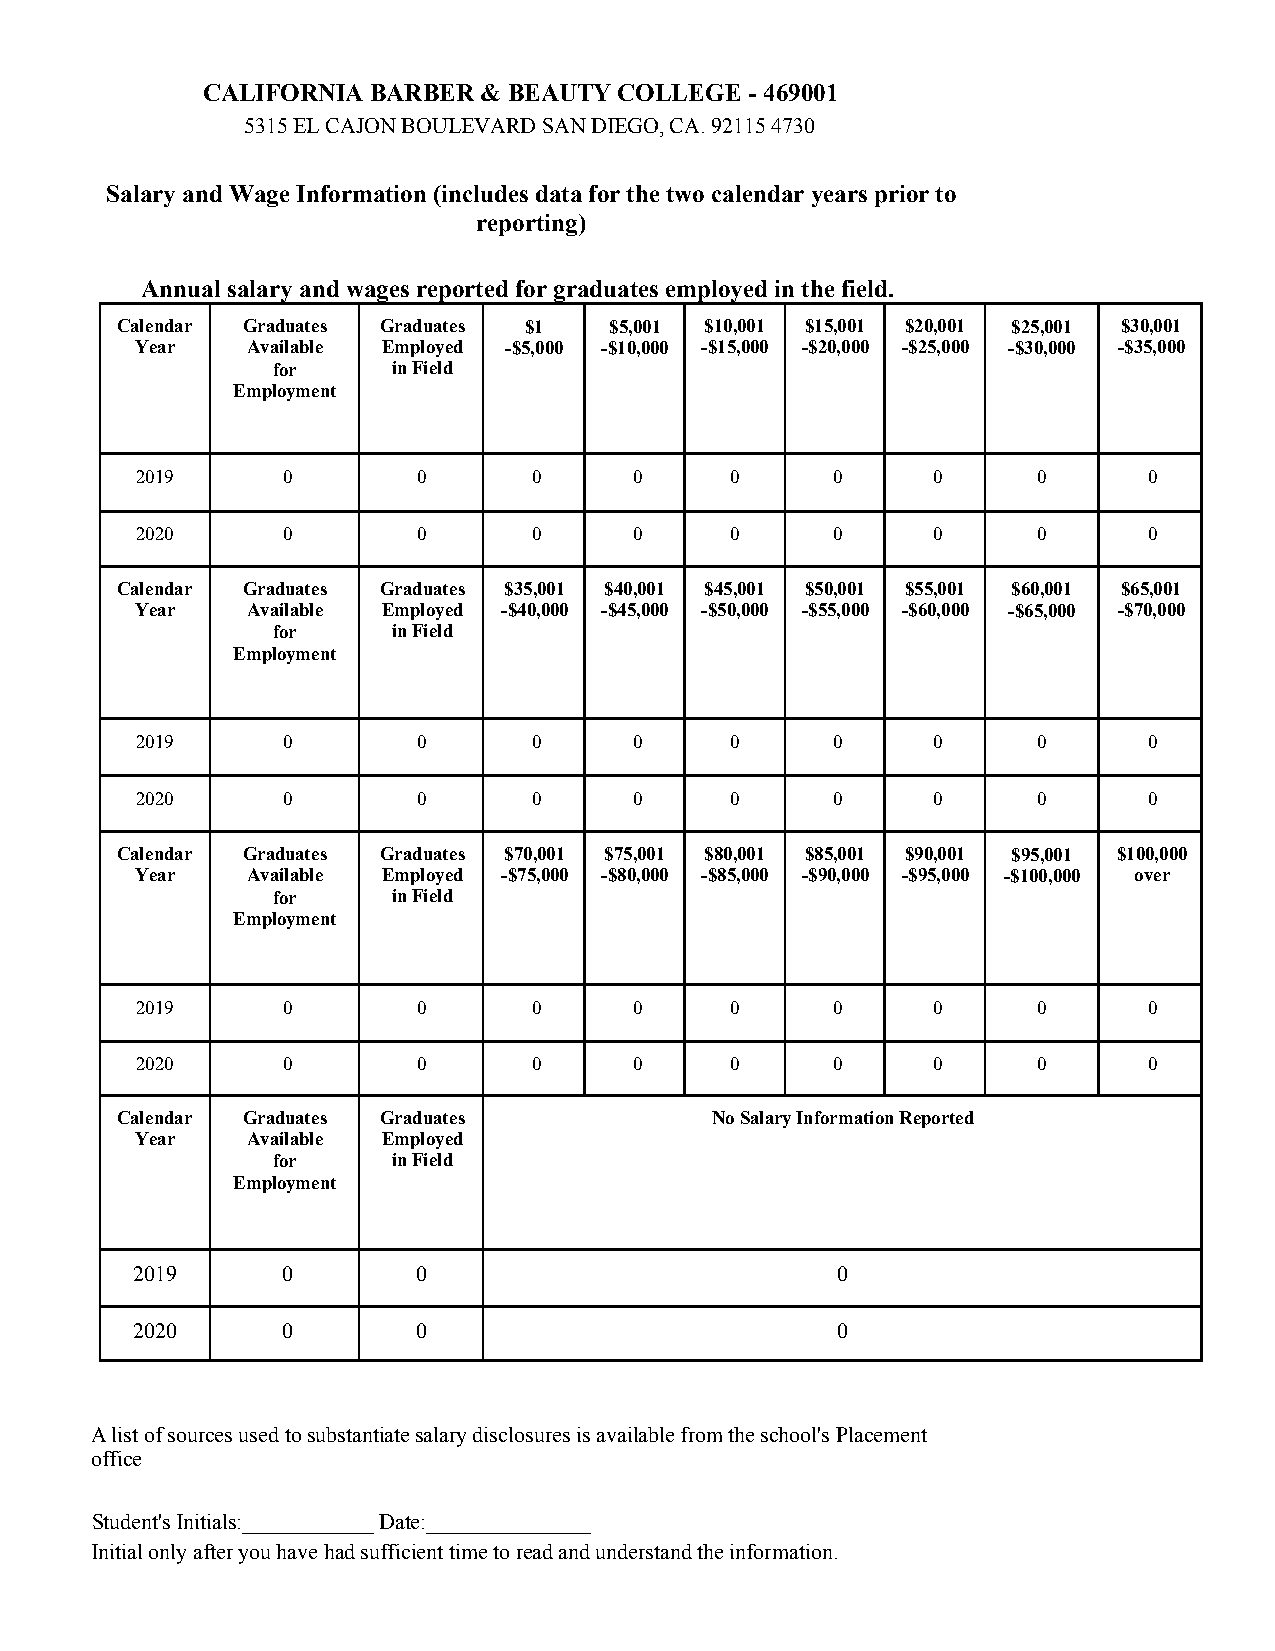
CALIFORNIA BARBER  & BEAUTY COLLEGE  - 469001
 5315 EL CAJON BOULEVARD SAN DIEGO, CA. 92115 4730
 Salary and Wage Information (includes data for the two calendar years prior to
 reporting)
 Annual salary and wages reported for graduates employed in the field.
 Calendar Graduates Graduates $1 $5,001 $10,001 $15,001 $20,001 $25,001 $30,001
 Year   Available Employed -$5,000 -$10,000 -$15,000 -$20,000 -$25,000 -$30,000 -$35,000
 for     in Field
 Employment
 2019      0        0      0      0     0      0      0      0      0
 2020      0        0      0      0     0      0      0      0      0
 Calendar Graduates Graduates $35,001 $40,001 $45,001 $50,001 $55,001 $60,001 $65,001
 Year   Available Employed -$40,000 -$45,000 -$50,000 -$55,000 -$60,000 -$65,000 -$70,000
 for     in Field
 Employment
 2019      0        0      0      0     0      0      0      0      0
 2020      0        0      0      0     0      0      0      0      0
 Calendar Graduates Graduates $70,001 $75,001 $80,001 $85,001 $90,001 $95,001 $100,000
 Year   Available Employed -$75,000 -$80,000 -$85,000 -$90,000 -$95,000 -$100,000 over
 for     in Field
 Employment
 2019      0        0      0      0     0      0      0      0      0
 2020      0        0      0      0     0      0      0      0      0
 Calendar Graduates Graduates           No Salary Information Reported
 Year   Available Employed
 for     in Field
 Employment
 2019      0        0                          0
 2020      0        0                          0
 A list of sources used to substantiate salary disclosures is available from the school's Placement
 office
 Student's Initials:____________ Date:_______________
 Initial only after you have had sufficient time to read and understand the information.